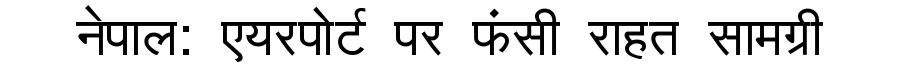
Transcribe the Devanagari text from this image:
नेपाल: एयरपोर्ट पर फंसी राहत सामग्री